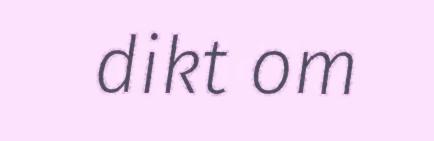
dikt om